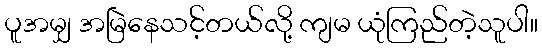
ပူအမျှ အမြဲနေသင့်တယ်လို့ ကျမ ယုံကြည်တဲ့သူပါ။